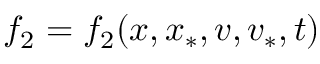
f _ { 2 } = f _ { 2 } ( x , x _ { \ast } , v , v _ { \ast } , t )